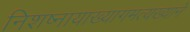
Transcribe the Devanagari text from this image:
निशष्नायाख्यागमत्यख्याने